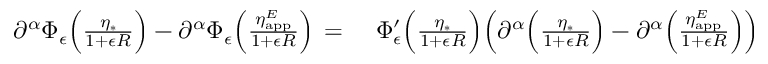
\begin{array} { r l } { \partial ^ { \alpha } \Phi _ { \epsilon } \Bigl ( \frac { \eta _ { * } } { 1 { + } \epsilon R } \Bigr ) - \partial ^ { \alpha } \Phi _ { \epsilon } \Bigl ( \frac { \eta _ { \mathrm { a p p } } ^ { E } } { 1 { + } \epsilon R } \Bigr ) \, = \, } & { { } \, \Phi _ { \epsilon } ^ { \prime } \Bigl ( \frac { \eta _ { * } } { 1 { + } \epsilon R } \Bigr ) \Bigl ( \partial ^ { \alpha } \Bigl ( \frac { \eta _ { * } } { 1 { + } \epsilon R } \Bigr ) - \partial ^ { \alpha } \Bigl ( \frac { \eta _ { \mathrm { a p p } } ^ { E } } { 1 { + } \epsilon R } \Bigr ) \Bigr ) } \end{array}